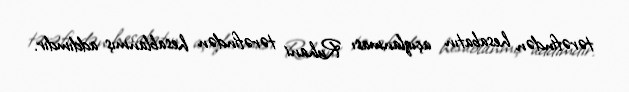
tərəfindən hesabatın açıqlanması Ruhani tərəfindən hesablanmış addımdır.